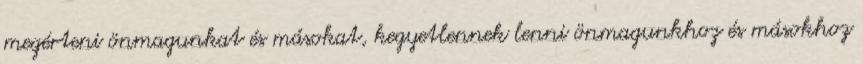
megérteni önmagunkat és másokat, kegyetlennek lenni önmagunkhoz és másokhoz